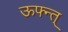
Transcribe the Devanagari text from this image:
ऊफ्न्त्